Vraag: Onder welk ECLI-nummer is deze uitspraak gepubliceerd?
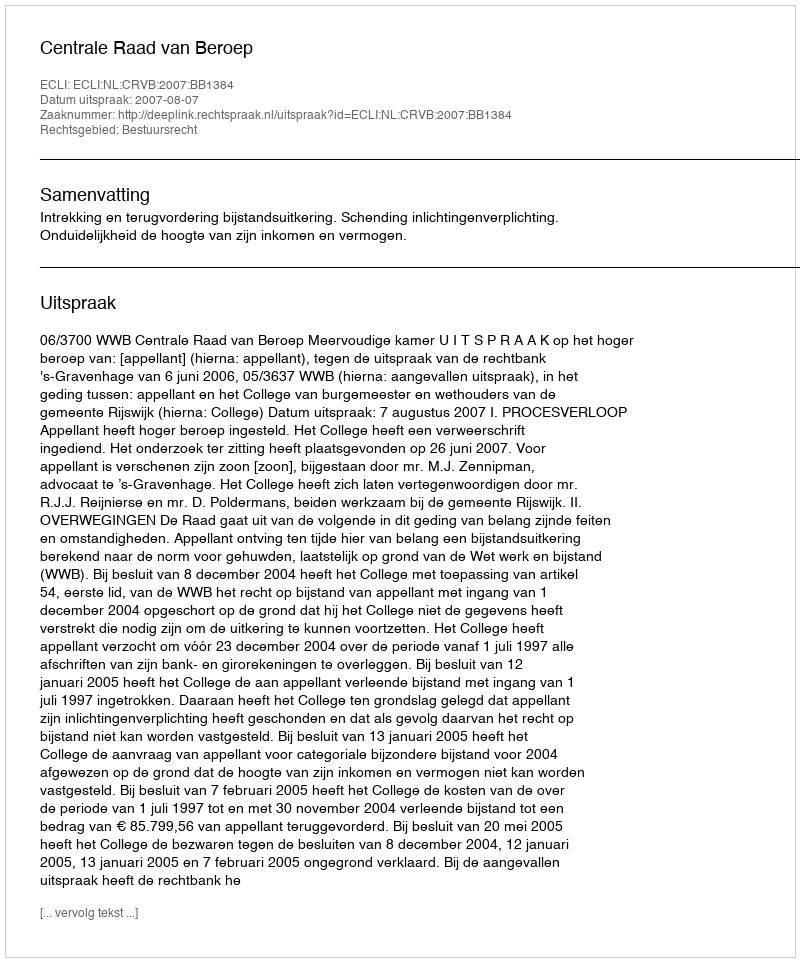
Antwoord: ECLI:NL:CRVB:2007:BB1384